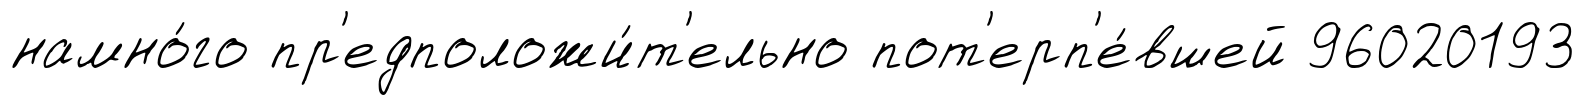
намно́го пр'едположи́т'ельно пот'ерп'е́вшей 96020193